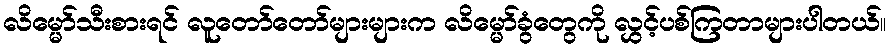
လိမ္မော်သီးစားရင် လူတော်တော်များများက လိမ္မော်ခွံတွေကို လွှင့်ပစ်ကြတာများပါတယ်။